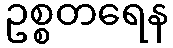
ဥစ္စတရေန